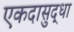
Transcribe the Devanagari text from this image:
एकदासुद्धा